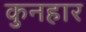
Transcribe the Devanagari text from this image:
कुनहार